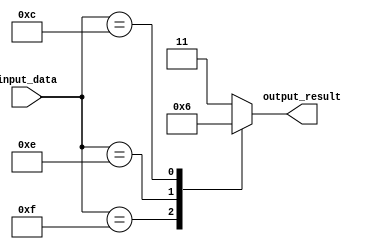
module priority_case_statement (
    input wire [3:0] input_data,
    output wire [1:0] output_result
);

reg [1:0] output_result;

always @* begin
    case(input_data)
        4'b1111: output_result = 2'b00; // Highest priority
        4'b1110: output_result = 2'b01;
        4'b1100: output_result = 2'b10;
        default: output_result = 2'b11; // Lowest priority
    endcase
end

endmodule